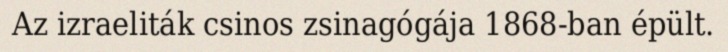
Az izraeliták csinos zsinagógája 1868-ban épült.